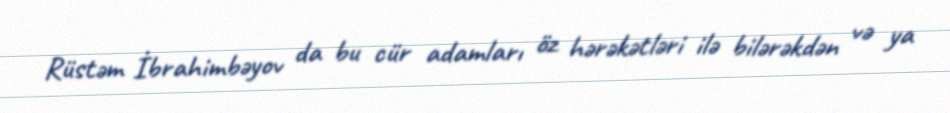
Rüstəm İbrahimbəyov da bu cür adamları öz hərəkətləri ilə bilərəkdən və ya